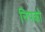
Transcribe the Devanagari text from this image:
निपको